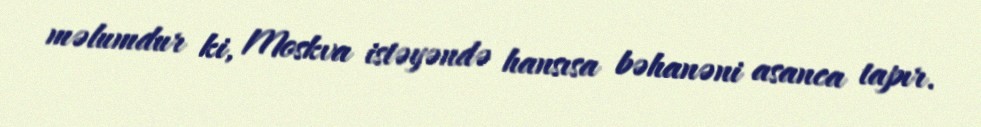
məlumdur ki, Moskva istəyəndə hansısa bəhanəni asanca tapır.